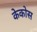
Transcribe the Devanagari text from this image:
केकोस